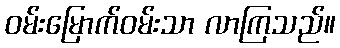
ဝမ်းမြောက်ဝမ်းသာ လာကြသည်။